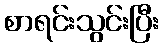
စာရင်းသွင်းပြီး